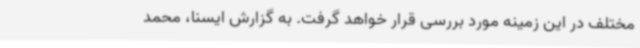
مختلف در این زمینه مورد بررسی قرار خواهد گرفت. به گزارش ایسنا، محمد